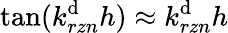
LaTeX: \tan(k_{rzn}^{\mathrm{d}}h)\approx k_{rzn}^{\mathrm{d}}h